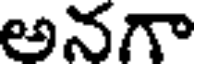
అనగా